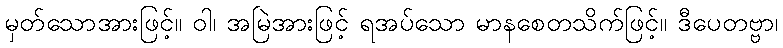
မှတ်သောအားဖြင့်။ ဝါ၊ အမြဲအားဖြင့် ရအပ်သော မာနစေတသိက်ဖြင့်။ ဒီပေတဗ္ဗာ၊